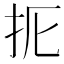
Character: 𢪦